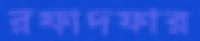
রফাদফার